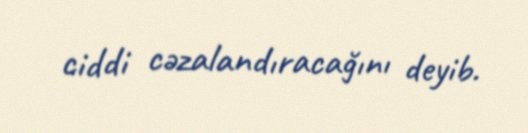
ciddi cəzalandıracağını deyib.